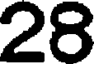
28